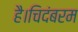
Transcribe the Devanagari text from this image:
है।चिदंबरम